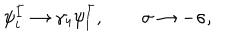
LaTeX: \psi _ { i } ^ { \bar { I } } \rightarrow \gamma _ { 4 } \psi _ { i } ^ { \bar { I } } , \qquad \sigma \rightarrow - \sigma ,